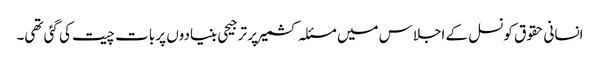
انسانی حقوق کونسل کے اجلاس میں مسئلہ کشمیر پر ترجیحی بنیادوں پر بات چیت کی گئی تھی۔